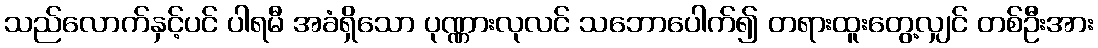
သည်လောက်နှင့်ပင် ပါရမီ အခံရှိသော ပုဏ္ဏားလုလင် သဘောပေါက်၍ တရားထူးတွေ့လျှင် တစ်ဦးအား